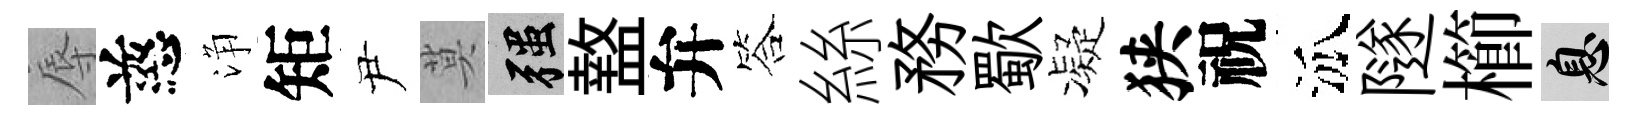
辱慈浄矩尹莫强盩弁答絲務歜凝狭祝泒隧櫛息